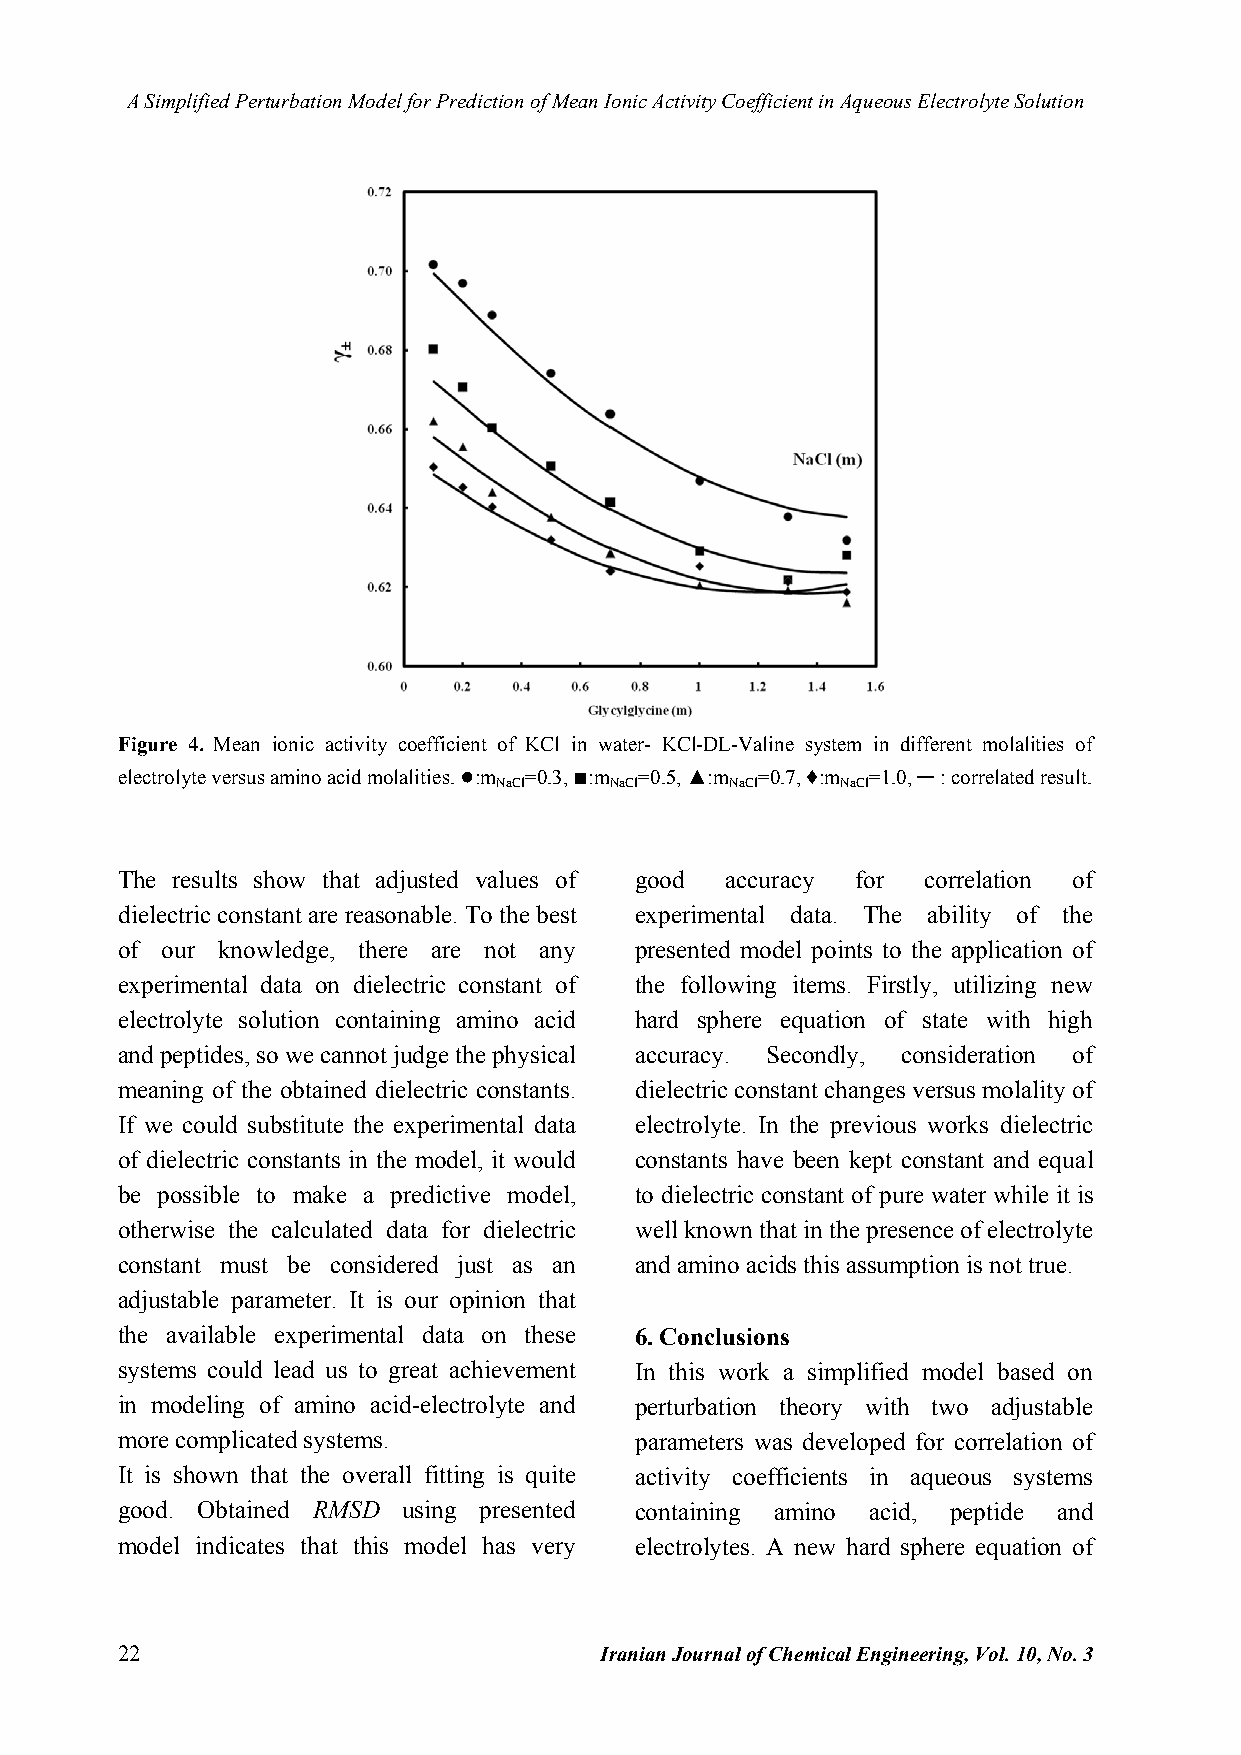
A Simplified Perturbation Model for Prediction of Mean Ionic Activity Coefficient in Aqueous Electrolyte Solution
 Figure 4. Mean ionic activity coefficient of KCl in water- KCl-DL-Valine system in different molalities of
 electrolyte versus amino acid molalities. ●:m =0.3, ■:m =0.5, ▲:m =0.7, ♦:m =1.0, ─ : correlated result.
 NaCl   NaCl    NaCl    NaCl
 The results show that adjusted values of good accuracy for correlation of
 dielectric constant are reasonable. To the best experimental data. The ability of the
 of our knowledge, there are not any presented model points to the application of
 experimental data on dielectric constant of the following items. Firstly, utilizing new
 electrolyte solution containing amino acid hard sphere equation of state with high
 and peptides, so we cannot judge the physical accuracy. Secondly, consideration of
 meaning of the obtained dielectric constants. dielectric constant changes versus molality of
 If we could substitute the experimental data electrolyte. In the previous works dielectric
 of dielectric constants in the model, it would constants have been kept constant and equal
 be possible to make a predictive model, to dielectric constant of pure water while it is
 otherwise the calculated data for dielectric well known that in the presence of electrolyte
 constant must be considered just as an and amino acids this assumption is not true.
 adjustable parameter. It is our opinion that
 the available experimental data on these 6. Conclusions
 systems could lead us to great achievement In this work a simplified model based on
 in modeling of amino acid-electrolyte and perturbation theory with two adjustable
 more complicated systems.         parameters was developed for correlation of
 It is shown that the overall fitting is quite activity coefficients in aqueous systems
 good. Obtained RMSD using presented containing amino acid, peptide and
 model indicates that this model has very electrolytes. A new hard sphere equation of
 22                              Iranian Journal of Chemical Engineering, Vol. 10, No. 3